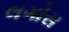
લગોસ